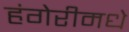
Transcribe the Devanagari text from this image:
हंगेरीमधे